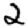
Digit: 2